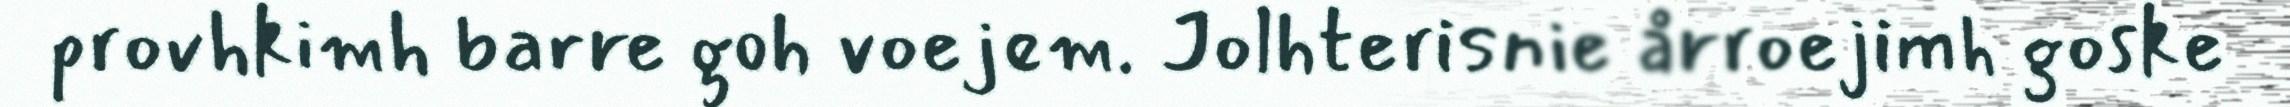
provhkimh barre goh voejem. Jolhterisnie årroejimh goske